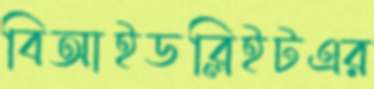
বিআইডব্লিইটএর